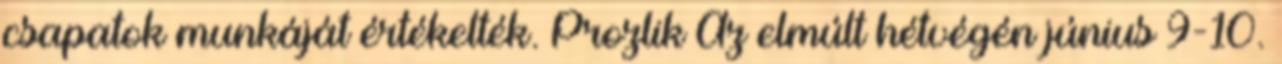
csapatok munkáját értékelték. Prozlik Az elmúlt hétvégén június 9-10.